Annual report on the working of the mental hospitals in the Madras Presidency - 1912-1932
Year: 1912
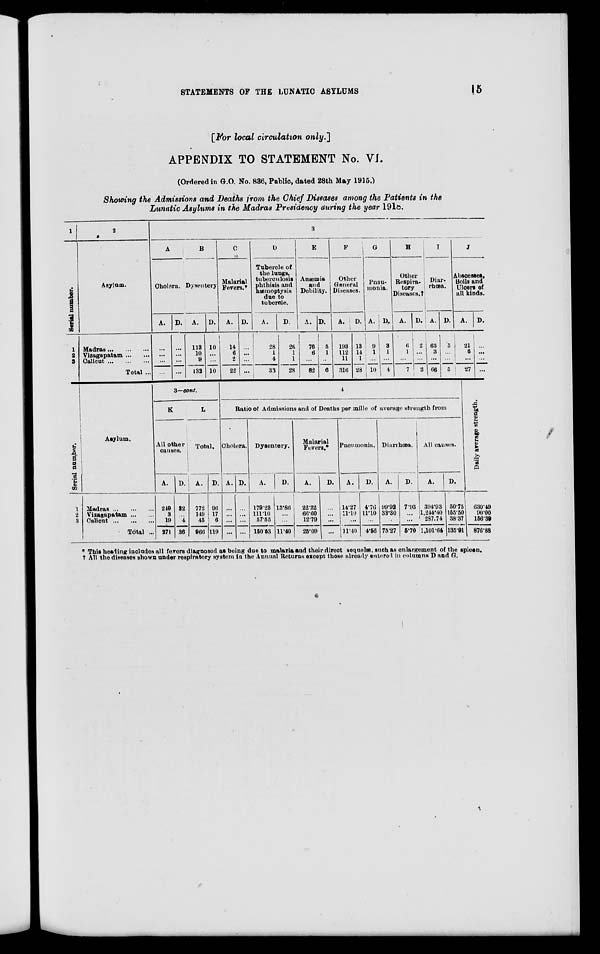
15
STATEMENTS OF THE LUNATIC ASYLUMS
[For local circulation only.]
APPENDIX TO STATEMENT No. VI.
(Ordered in G.O. No. 836, Public, dated 28th May 1915.)
Showing the Admissions and Deaths from the Chief Diseases among the Patients in the
Lunatic Asylums in the Madras Presidency during the year 1918.
1
Serial number.
1
2
3
2
Asylum.
Madras
...
...
...
Vizagapatam ... ...
Calicut
...
...
...
Total ...
3
A
Cholera.
A.
...
...
...
...
D.
...
...
...
...
B
Dysentery
A.
113
10
9
132
D.
10
...
...
10
C
Malarial
Fevers.*
A.
14
6
2
22
D.
...
...
...
...
D
Tubercle of
the lungs,
tuberculosis
phthisis and
hæmoptysis
due to
tubercle.
A.
28
1
4
33
D.
26
1
1
28
E
Anæmia
and
Debility.
A.
76
6
...
82
D.
5
1
...
6
F
Other
General
Diseases.
A.
193
112
11
316
D.
13
14
1
28
G
Pneu-
monia.
A.
9
1
...
10
D.
3
1
...
4
H
Other
Respira-
tory
Diseases.†
A.
6
1
... 7
D.
2
...
...
2
I
Diar-
rhœa.
A.
63
3
...
66
D.
5
...
...
5
J
Abscesses,
Boils and
Ulcers of
all kinds.
A.
21
6
...
27
D.
...
...
...
...
Serial number.
1
2
3
Asylum.
Madras
...
...
...
Vizagapatam ... ...
Calicut
...
...
...
Total ...
3—cont.
K
All other
causes.
A.
249
3
19
271
D.
32
...
4
36
L
Total.
A.
772
149
45
966
D.
96
17
6
119
4
Ratio of Admissions and of Deaths per mille of average strength from
Cholera.
A.
...
...
...
...
D.
...
...
...
...
Dysentery.
A.
179.23
111.10
57.55
150.53
D.
15.86
...
...
11.40
Malarial
Fevers.*
A.
22.22
66.60
12.79
25.09
D.
...
...
...
...
Pneumonia.
A.
14.27
11.10
...
11.40
D.
4.76
11.10
...
4.56
Diarrhœa.
A.
99.92
33.30
...
75.27
D.
7.93
...
...
5.70
All causes.
A.
394.93
1,244.40
287.74
1,101.64
D.
50.75
155.50
38.37
135.91
Daily average strength.
630.49
90.00
156.39
876.88
* This heading includes all fevers diagnosed as being due to malaria and their direct sequelæ, such as enlargement of the spleon.
† All the diseases shown under respiratory system in the Annual Returns except those already entered in columns D and G.